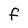
Character: F